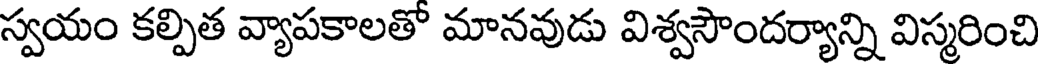
స్వయం కల్పిత వ్యాపకాలతొ మానవుడు విశ్వసౌందర్యాన్ని విస్మరించి